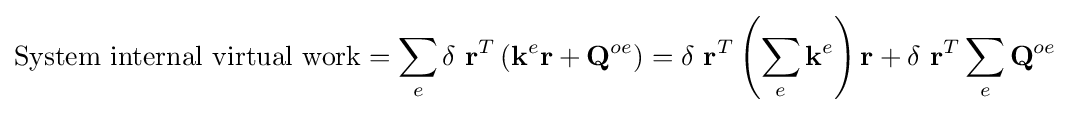
{\mbox{System internal virtual work}}=\sum _{e}\delta \ \mathbf {r} ^{T}\left(\mathbf {k} ^{e}\mathbf {r} +\mathbf {Q} ^{oe}\right)=\delta \ \mathbf {r} ^{T}\left(\sum _{e}\mathbf {k} ^{e}\right)\mathbf {r} +\delta \ \mathbf {r} ^{T}\sum _{e}\mathbf {Q} ^{oe}